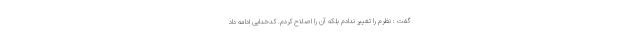
گفت : نظرم را تغییر ندادم بلکه آن را اصلاح کردم. کدخدایی ادامه داد